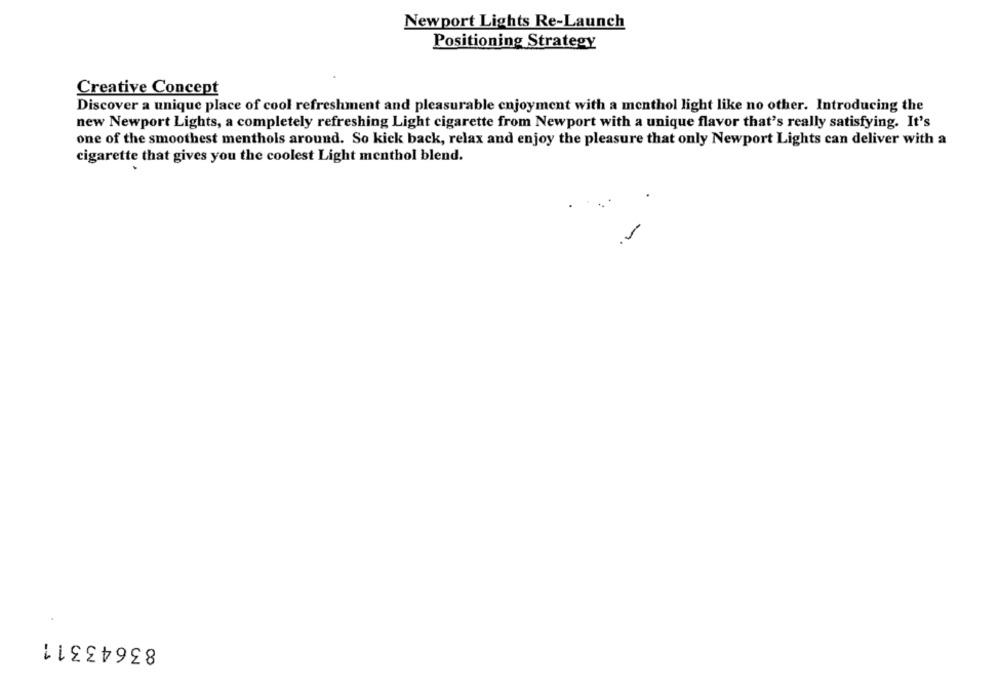
Newport Lights Re-Launch
Positioning Strategy
Creative Concept
Discover a unique place of cool refreshment and pleasurable enjoyment with a menthol light like no other. Introducing the
new Newport Lights, a completely refreshing Light cigarette from Newport with a unique flavor that's really satisfying. It's
one of the smoothest menthols around. So kick back, relax and enjoy the pleasure that only Newport Lights can deliver with a
cigarette that gives you the coolest Light menthol blend.
m
83643311